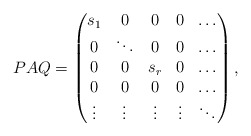
\begin{align*}PAQ=\begin{pmatrix} s_1&0&0&0&\hdots\\ 0&\ddots&0&0&\hdots\\ 0&0&s_r&0&\hdots\\ 0&0&0&0&\hdots\\ \vdots&\vdots&\vdots&\vdots&\ddots\end{pmatrix},\end{align*}